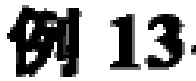
例 13.